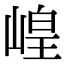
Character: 崲